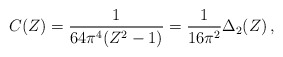
\begin{align*}C(Z) = {1\over 64\pi^4 (Z^2-1)} = {1\over 16\pi^2} \Delta_2 (Z)\,,\end{align*}